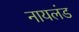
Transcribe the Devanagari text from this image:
नायलंड